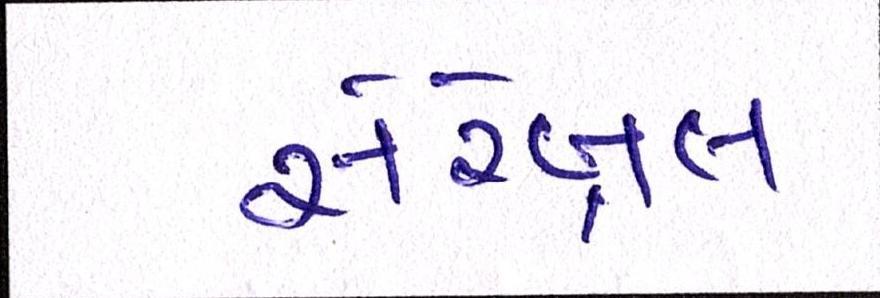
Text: સેરેબ્રલ